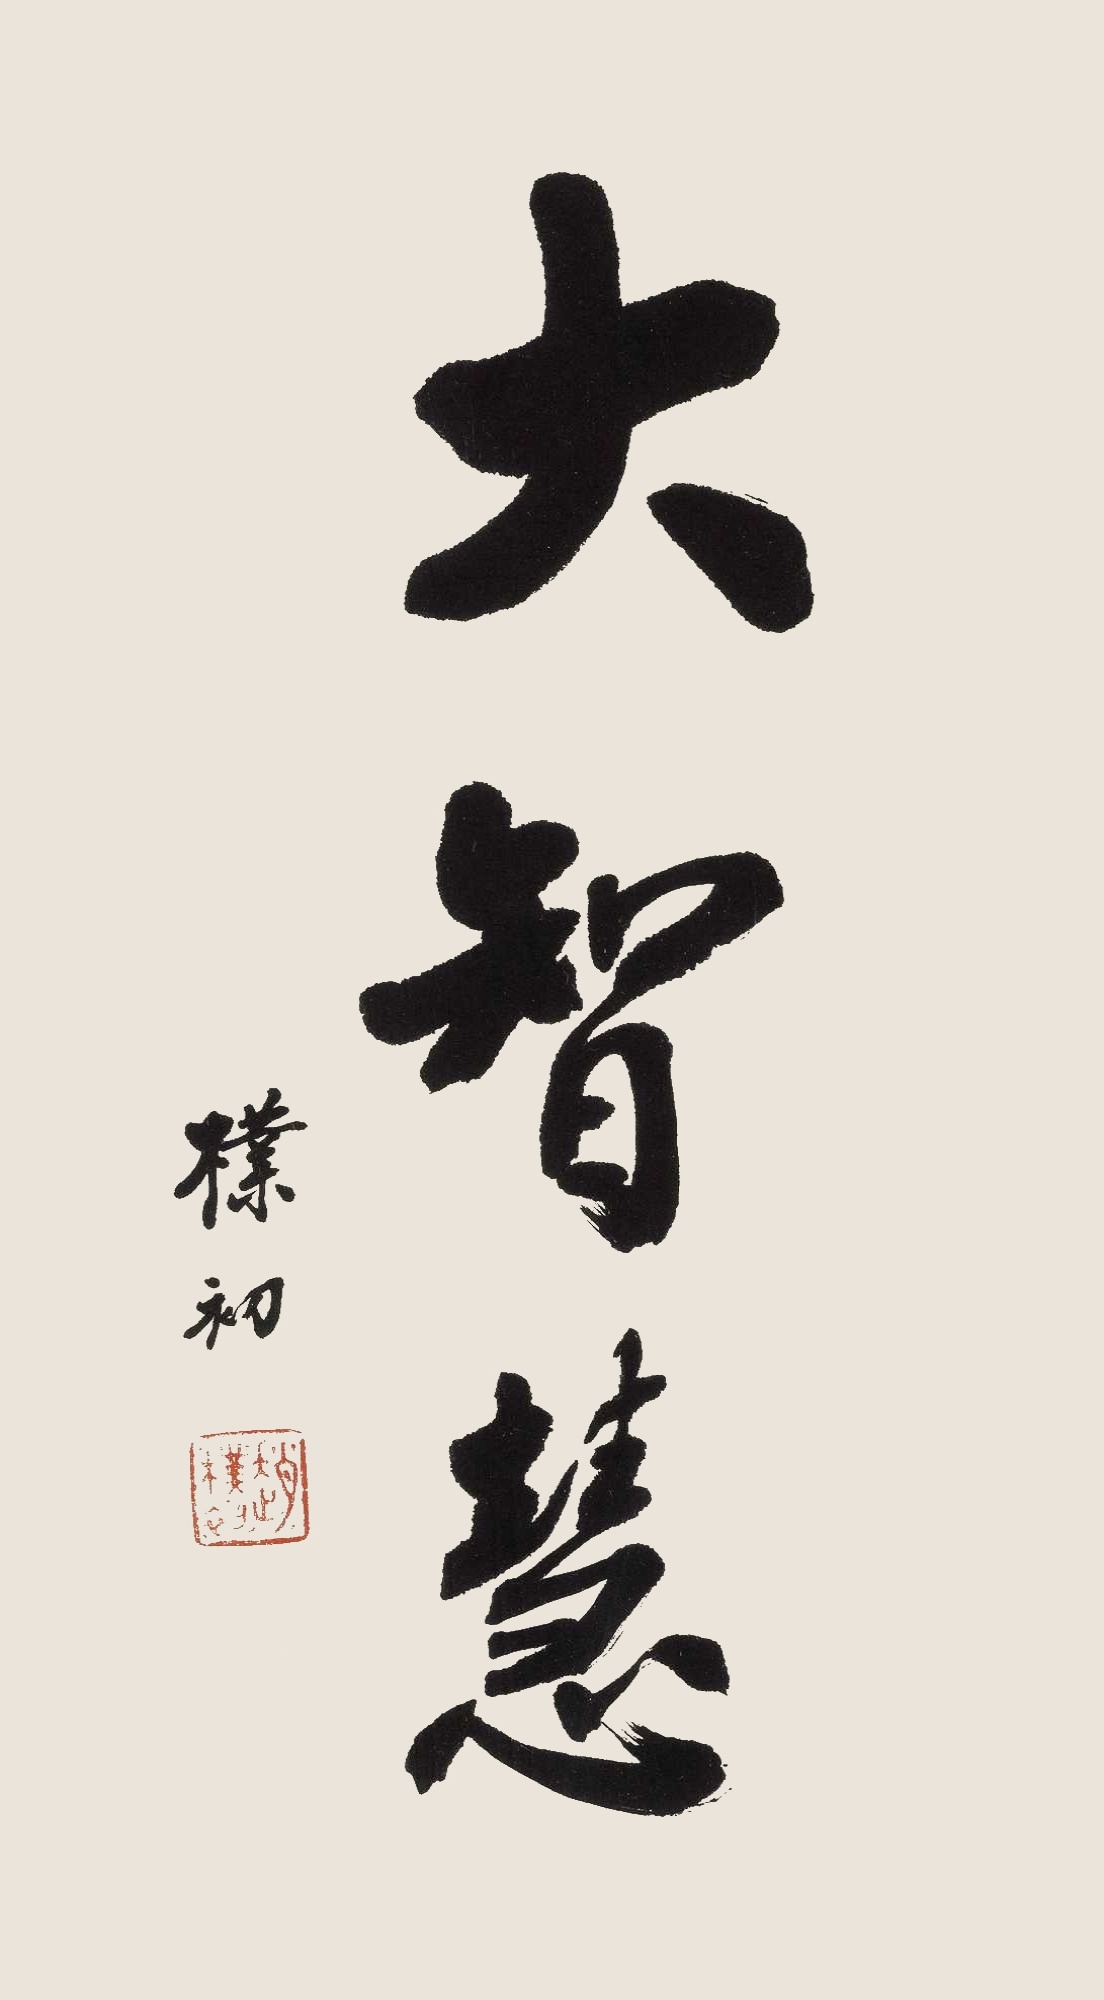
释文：大智慧，朴初。